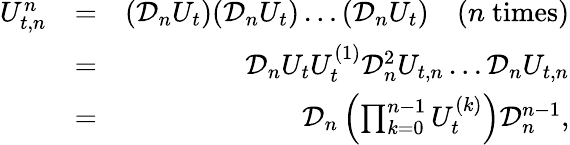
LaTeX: \begin{array}{rlr}{U_{t,n}^{n}}&{=}&{(\mathcal{D}_{n}U_{t})(\mathcal{D}_{n}U_{t})\ldots(\mathcal{D}_{n}U_{t})\quad(n\mathrm{~times})}\\ &{=}&{\mathcal{D}_{n}U_{t}U_{t}^{(1)}\mathcal{D}_{n}^{2}U_{t,n}\ldots\mathcal{D}_{n}U_{t,n}}\\ &{=}&{\mathcal{D}_{n}\left(\prod_{k=0}^{n-1}U_{t}^{(k)}\right)\mathcal{D}_{n}^{n-1},}\end{array}